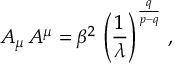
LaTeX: A _ { \mu } \, A ^ { \mu } = \beta ^ { 2 } \, \left( \frac { 1 } { \lambda } \right) ^ { \frac q { p - q } } \, ,